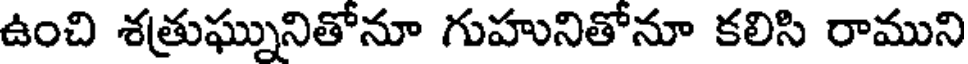
ఉంచి శత్రుఘ్నునితోనూ గుహునితోనూ కలిసి రాముని